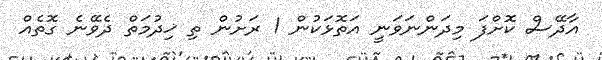
އާދޭސް ކޮށްފަ މިދަންނަވަނީ އަތޮޅަކުން 1 ރަށުން ތި ޚިދުމަތް ދެވޭނެ ގޮތެއް